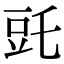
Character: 𧯝